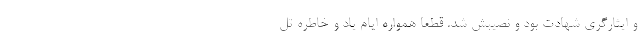
و ایثارگری شهادت بود و نصیبش شد. قطعاً همواره ایام یاد و خاطره تل